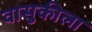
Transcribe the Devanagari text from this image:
वासुकीला